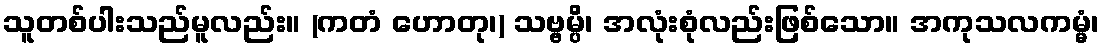
သူတစ်ပါးသည်မူလည်း။ (ကတံ ဟောတု၊) သဗ္ဗမ္ပိ၊ အလုံးစုံလည်းဖြစ်သော။ အကုသလကမ္မံ၊